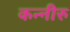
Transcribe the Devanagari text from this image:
कन्नीरु